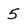
Character: 5